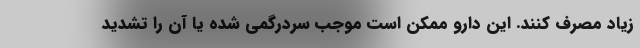
زیاد مصرف کنند. این دارو ممکن است موجب سردرگمی شده یا آن را تشدید